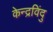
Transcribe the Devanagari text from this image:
केन्द्रविंदु